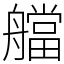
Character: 艡